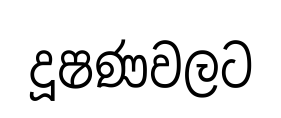
දූෂණවලට